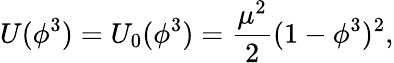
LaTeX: U(\phi^{3})=U_{0}(\phi^{3})=\frac{\mu^{2}}{2}(1-\phi^{3})^{2},